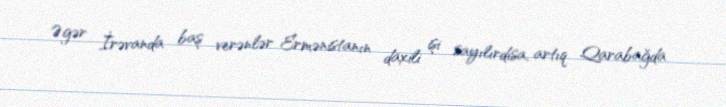
Əgər İrəvanda baş verənlər Ermənistanın daxili işi sayılırdısa, artıq Qarabağda